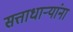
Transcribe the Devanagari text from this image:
सत्ताधार्‍यांना